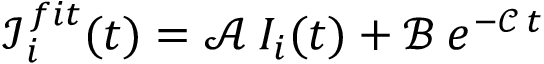
\mathcal { I } _ { \, i } ^ { \, f i t } ( t ) = \mathcal { A } \: I _ { i } ( t ) + \mathcal { B } \: e ^ { - \mathcal { C } \, t }